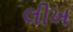
લીખ